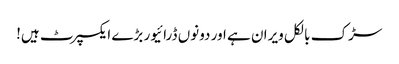
سڑک بالکل ویران ہے اور دونوں ڈرائیور بڑے ایکسپرٹ ہیں!